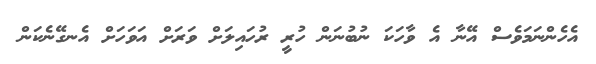
އެހެންނަމަވެސް އޭނާ އެ ވާހަކަ ނުބުނަން ހުރީ ރުހައިލަށް ވަރަށް އަވަހަށް އެނގޭނެކަން